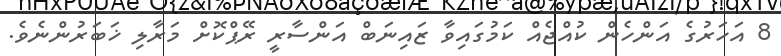
8 އަހަރުގެ އަންހެން ކުއްޖެއް ކަމުގައިވާ ޒައިނަބް އަންސާރީ ރޭޕްކޮށް މަރާލި ޚަބަރުންނެވެ.